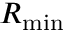
R _ { \mathrm { m i n } }